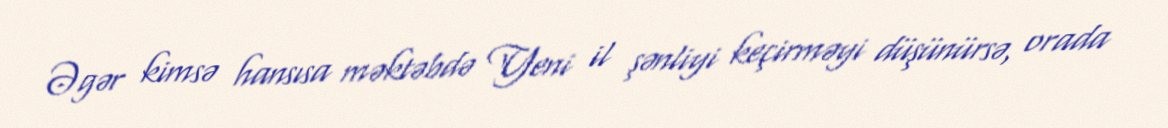
Əgər kimsə hansısa məktəbdə Yeni il şənliyi keçirməyi düşünürsə, orada